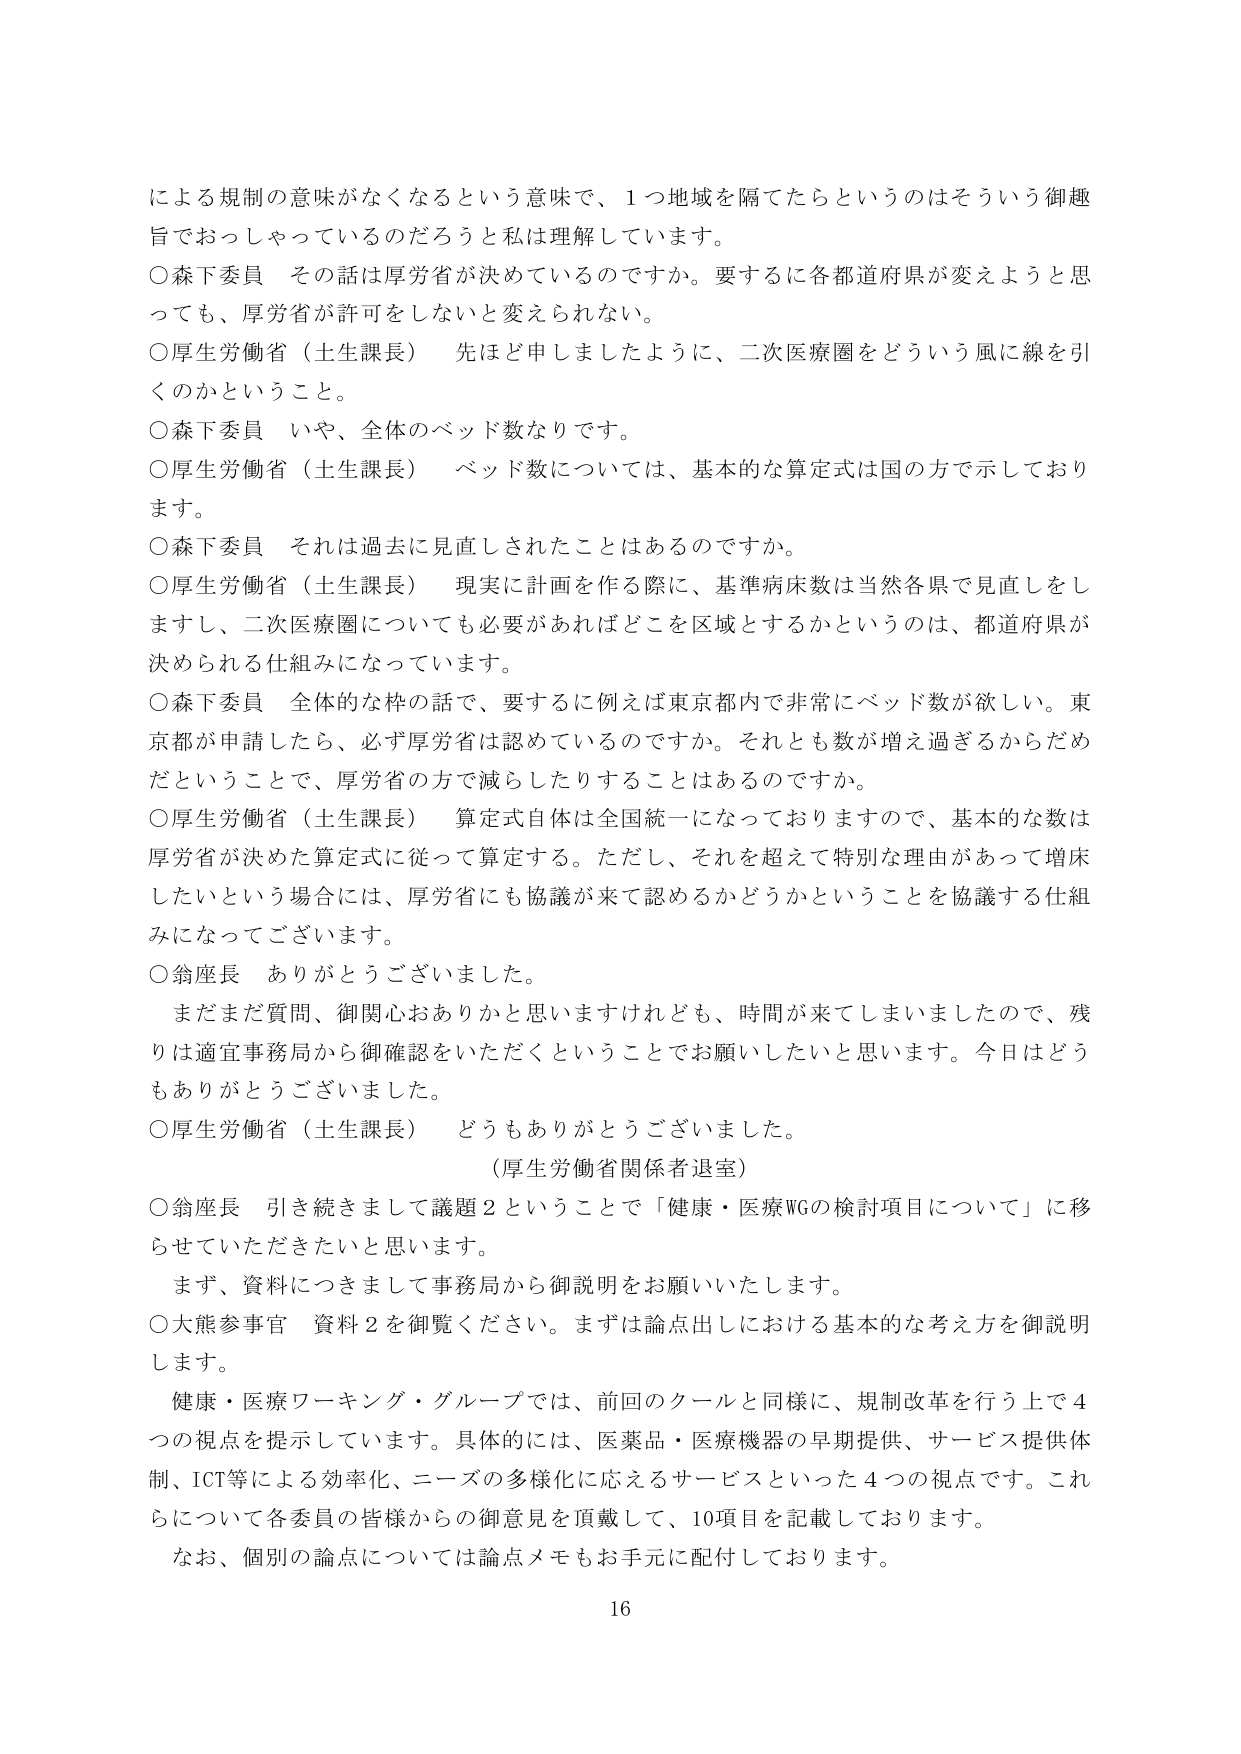
による規制の意味がなくなるという意味で、1つ地域を隔てたらというのはそういう御趣
旨でおっしゃっているのだろうと私は理解しています。
○森下委員　その話は厚労省が決めているのですか。要するに各都道府県が変えようと思
っても、厚労省が許可をしないと変えられない。
○厚生労働省（土生課長）　先ほど申しましたように、二次医療圏をどういう風に線を引
くのかということ。
○森下委員　いや、全体のベッド数なりです。
○厚生労働省（土生課長）　ベッド数については、基本的な算定式は国の方で示しており
ます。
○森下委員　それは過去に見直しされたことはあるのですか。
○厚生労働省（土生課長）　現実に計画を作る際に、基準病床数は当然各県で見直しをし
ますし、二次医療圏についても必要があればどこを区域とするかというのは、都道府県が
決められる仕組みになっています。
○森下委員　全体的な枠の話で、要するに例えば東京都内で非常にベッド数が欲しい。東
京都が申請したら、必ず厚労省は認めているのですか。それとも数が増え過ぎるからだめ
だということで、厚労省の方で減らしたりすることはあるのですか。
○厚生労働省（土生課長）　算定式自体は全国統一になっておりますので、基本的な数は
厚労省が決めた算定式に従って算定する。ただし、それを超えて特別な理由があって増床
したいという場合には、厚労省にも協議が来て認めるかどうかということを協議する仕組
みになってございます。
○翁座長　ありがとうございました。
　まだまだ質問、御関心おありかと思いますけれども、時間が来てしまいましたので、残
りは適宜事務局から御確認をいただくということでお願いしたいと思います。今日はどう
もありがとうございました。
○厚生労働省（土生課長）　どうもありがとうございました。
　（厚生労働省関係者退室）
○翁座長　引き続きまして議題2ということで「健康・医療WGの検討項目について」に移
らせていただきたいと思います。
　まず、資料につきまして事務局から御説明をお願いいたします。
○大熊参事官　資料2を御覧ください。まずは論点出しにおける基本的な考え方を御説明
します。
　健康・医療ワーキング・グループでは、前回のクールと同様に、規制改革を行う上で4
つの視点を提示しています。具体的には、医薬品・医療機器の早期提供、サービス提供体
制、ICT等による効率化、ニーズの多様化に応えるサービスといった4つの視点です。これ
らについて各委員の皆様からの御意見を頂戴して、10項目を記載しております。
　なお、個別の論点については論点メモもお手元に配付しております。
16